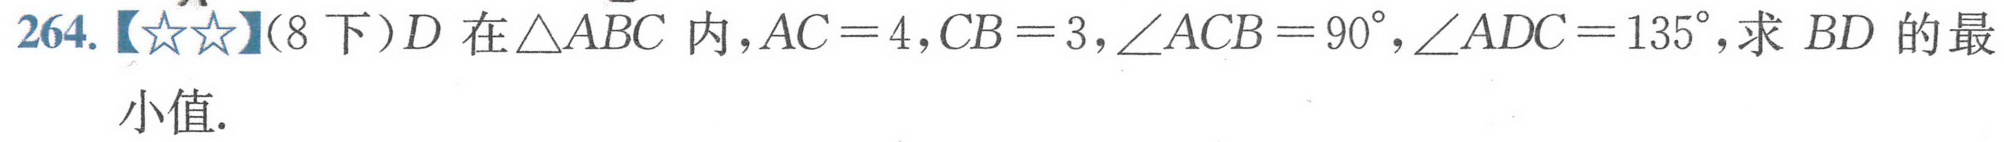
264.【★★】(8下）\(D\)在\(\triangle ABC\)内，\(AC = 4\)，\(CB = 3\)，\(\angle ACB = 90^{\circ}\)，\(\angle ADC = 135^{\circ}\)，求 \(BD\) 的最小值.